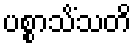
ပစ္စာသိံသတိ